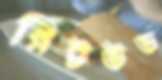
রিটউড